Annual report on the Civil Veterinary Department, Burma (including the Insein Veterinary School) - 1910-1922
Year: 1910
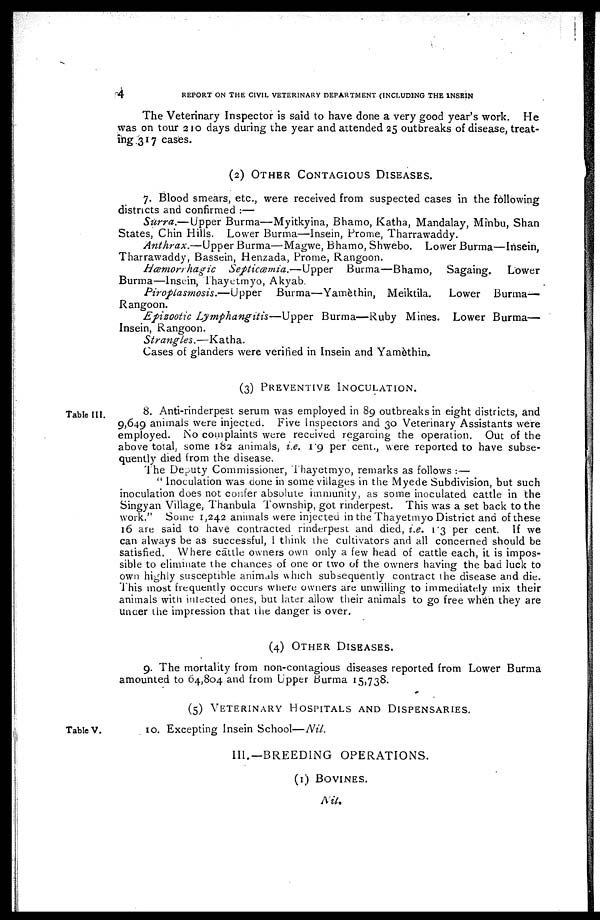
4
REPORT ON THE CIVIL VETERINARY DEPARTMENT (INCLUDING THE 1NSEIN
The Veterinary Inspector is said to have done a very good year's work. He
was on tour 210 days during the year and attended 25 outbreaks of disease, treat-
ing 317 cases.
(2) OTHER CONTAGIOUS DISEASES.
7. Blood smears, etc., were received from suspected cases in the following
districts and confirmed :—
Surra.—Upper Burma—Myitkyina, Bhamo, Katha, Mandalay, Minbu, Shan
States, Chin Hills. Lower Burma—Insein, Prome, Tharrawaddy.
Anthrax.—Upper
Burma—Magwe, Bhamo, Shwebo. Lower Burma—Insein,
Tharrawaddy, Bassein, Henzada, Prome, Rangoon.
Hæmorrhagic Septicæmia.—Upper
Burma—Bhamo,
Sagaing.
Lower
Burma—Insein, Thayetmyo, Akyab.
Piroplasmosis.—Upper
Burma—Yamèthin, Meiktila.
Lower
Burma-
Rangoon.
Epizootic Lymphangitis—Upper
Burma—Ruby Mines. Lower Burma—
Insein, Rangoon.
Strangles.—Katha.
Cases of glanders were verified in Insein and Yamèthin.
(3) PREVENTIVE INOCULATION.
Table III.
8. Anti-rinderpest serum was employed in 89 outbreaks in eight districts, and
9,649 animals were injected. Five Inspectors and 30 Veterinary Assistants were
employed. No complaints were received regarding the operation. Out of the
above total, some 182 animals, i.e. 1.9 per cent., were reported to have subse-
quently died from the disease.
The Deputy Commissioner, Thayetmyo, remarks as follows :—
"Inoculation was clone in some villages in the Myede Subdivision, but such
inoculation does not confer absolute immunity, as some inoculated cattle in the
Singyan Village, Thanbula Township, got rinderpest. This was a set back to the
work." Some 1,242 animals were injected in the Thayetmyo District and of these
16 are said to have contracted rinderpest and died, i.e. 1.3 per cent. If we
can always be as successful, 1 think the cultivators and all concerned should be
satisfied, Where cattle owners own only a few head of cattle each, it is impos-
sible to eliminate the chances of one or two of the owners having the bad luck to
own highly susceptible animals which subsequently contract the disease and die.
This most frequently occurs where owners are unwilling to immediately mix their
animals with infected ones, but later allow their animals to go free when they are
under the impression that the danger is over.
(4) OTHER DISEASES.
9. The mortality from non-contagious diseases reported from Lower Burma
amounted to 64,804 and from Upper Burma 15,738.
(5) VETERINARY HOSPITALS AND DISPENSARIES.
Table V.
10. Excepting Insein School—Nil.
III.—BREEDING OPERATIONS.